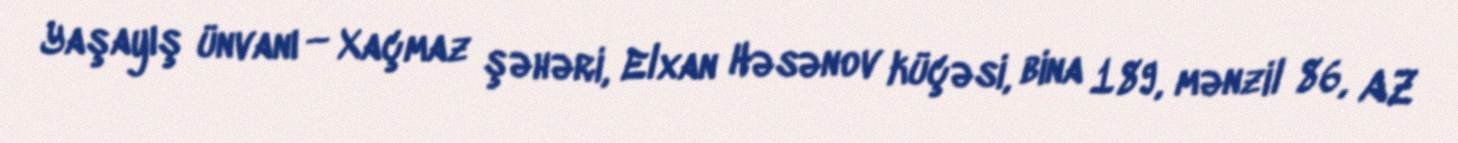
Yaşayış ünvanı — Xaçmaz şəhəri, Elxan Həsənov küçəsi, bina 189, mənzil 86, AZ